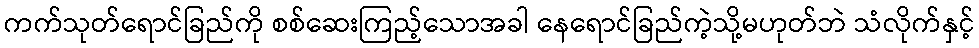
ကက်သုတ်ရောင်ခြည်ကို စစ်ဆေးကြည့်သောအခါ နေရောင်ခြည်ကဲ့သို့မဟုတ်ဘဲ သံလိုက်နှင့်